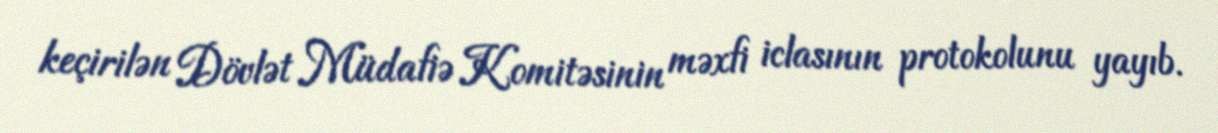
keçirilən Dövlət Müdafiə Komitəsinin məxfi iclasının protokolunu yayıb.